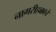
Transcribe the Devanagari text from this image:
नागरीहक्काचे